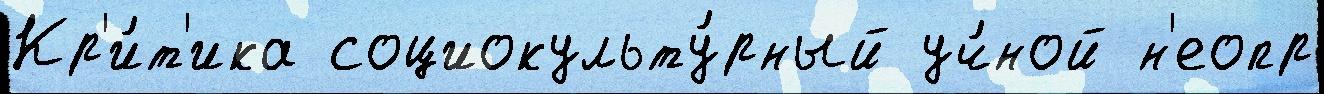
Кр'и́т'ика социокульту́рный уч́ной н'еопр